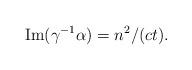
LaTeX: \begin{align*}\operatorname{Im}(\gamma^{-1}\alpha)=n^2/(ct).\end{align*}